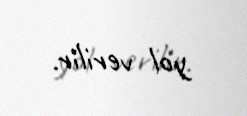
yol verilir.